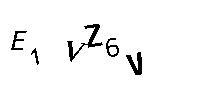
E1VZ6V